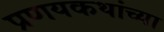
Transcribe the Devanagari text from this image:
प्रणयकथांच्या